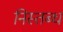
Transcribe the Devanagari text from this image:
निस्तब्ध